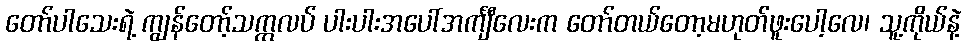
တော်ပါသေးရဲ့ ကျွန်တော့်သက္ကလပ် ပါးပါးအပေါ်အင်္ကျီလေးက တော်တယ်တော့မဟုတ်ဖူးပေါ့လေ၊ သူ့ကိုယ်နဲ့